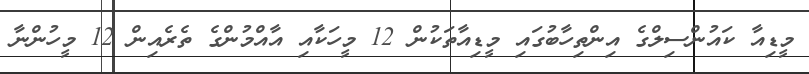
މީޑިއާ ކައުންސިލްގެ އިންތިހާބުގައި މީޑިއާތަކުން 12 މީހަކާއި އާއްމުންގެ ތެރެއިން 12 މީހުންނާ